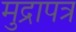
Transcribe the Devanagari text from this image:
मुद्रापत्र